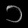
Digit: ၁